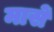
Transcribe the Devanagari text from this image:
मासें